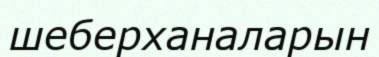
шеберханаларын